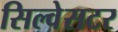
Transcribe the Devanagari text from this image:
सिल्वेसटर